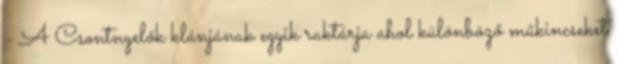
- A Csontnyelők klánjának egyik raktárja ahol különböző műkincseket